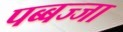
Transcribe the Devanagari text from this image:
पब्बज्जा